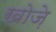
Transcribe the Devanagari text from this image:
खोज़े